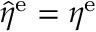
\hat { \eta } ^ { \mathrm { e } } = \eta ^ { \mathrm { e } }